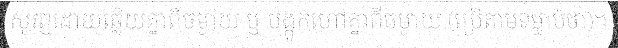
សូរឮដោយឆ្លើយគ្នាពីចម្ងាយ ឬ បង្កូកហៅគ្នាពីចម្ងាយ (ប្រើតាមទម្លាប់ថា)។